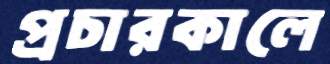
প্রচারকালে